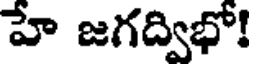
హే జగద్విభో!